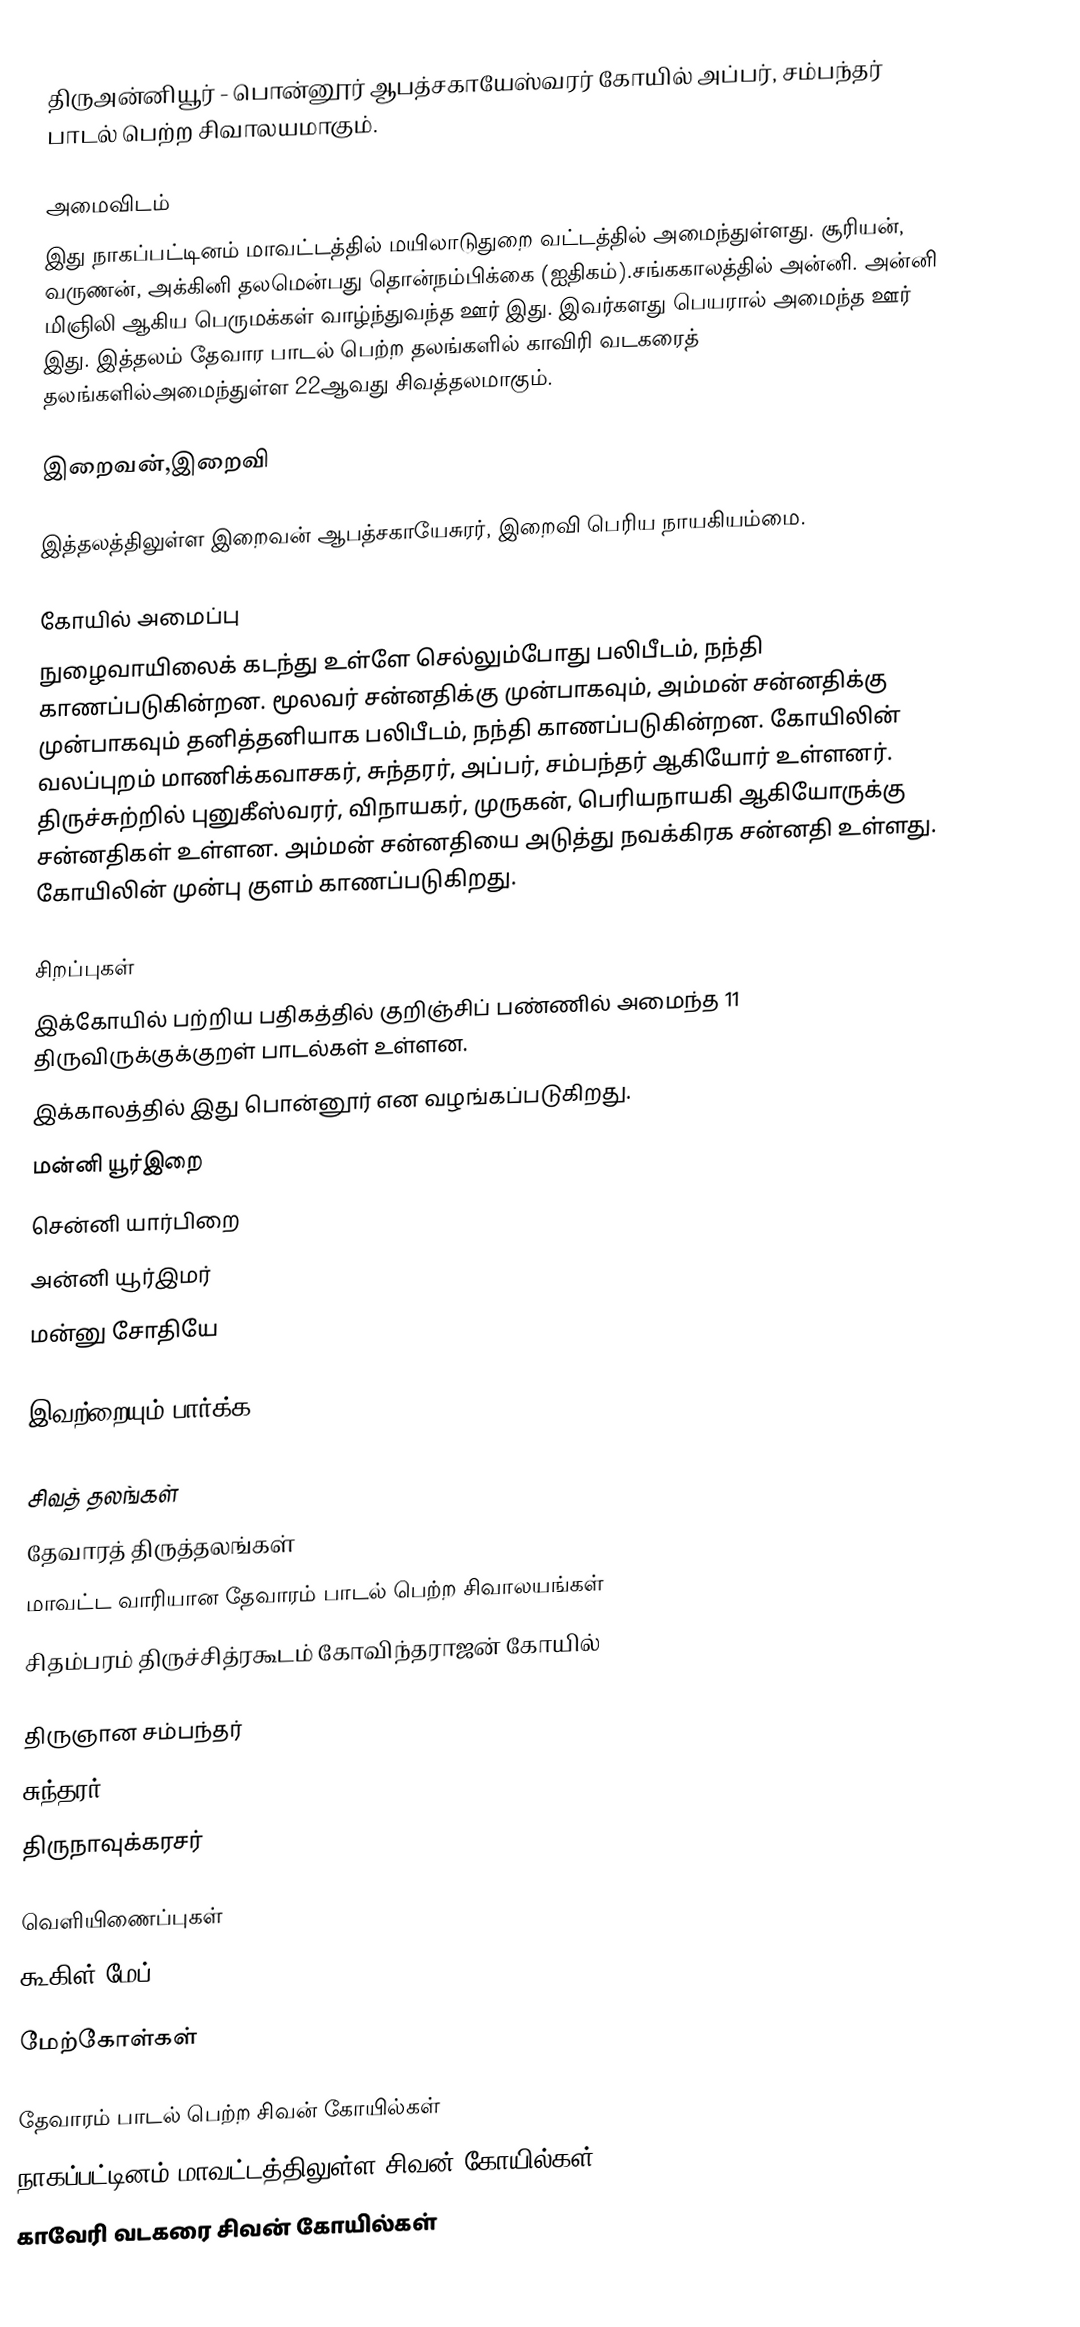
திருஅன்னியூர் - பொன்னூர் ஆபத்சகாயேஸ்வரர் கோயில் அப்பர், சம்பந்தர் பாடல் பெற்ற சிவாலயமாகும்.

அமைவிடம்
இது நாகப்பட்டினம் மாவட்டத்தில் மயிலாடுதுறை வட்டத்தில் அமைந்துள்ளது.  சூரியன், வருணன், அக்கினி தலமென்பது தொன்நம்பிக்கை (ஐதிகம்).சங்ககாலத்தில் அன்னி. அன்னி மிஞிலி ஆகிய பெருமக்கள் வாழ்ந்துவந்த ஊர் இது.  இவர்களது பெயரால் அமைந்த ஊர் இது. இத்தலம் தேவார பாடல் பெற்ற தலங்களில் காவிரி வடகரைத் தலங்களில்அமைந்துள்ள 22ஆவது  சிவத்தலமாகும்.

இறைவன்,இறைவி

இத்தலத்திலுள்ள இறைவன் ஆபத்சகாயேசுரர், இறைவி பெரிய நாயகியம்மை.

கோயில் அமைப்பு
நுழைவாயிலைக் கடந்து உள்ளே செல்லும்போது பலிபீடம், நந்தி காணப்படுகின்றன. மூலவர் சன்னதிக்கு முன்பாகவும், அம்மன் சன்னதிக்கு முன்பாகவும் தனித்தனியாக பலிபீடம், நந்தி காணப்படுகின்றன. கோயிலின் வலப்புறம் மாணிக்கவாசகர், சுந்தரர், அப்பர், சம்பந்தர் ஆகியோர் உள்ளனர். திருச்சுற்றில் புனுகீஸ்வரர், விநாயகர், முருகன், பெரியநாயகி ஆகியோருக்கு சன்னதிகள் உள்ளன. அம்மன் சன்னதியை அடுத்து நவக்கிரக சன்னதி உள்ளது. கோயிலின் முன்பு குளம் காணப்படுகிறது.

சிறப்புகள்
இக்கோயில் பற்றிய பதிகத்தில் குறிஞ்சிப் பண்ணில் அமைந்த 11 திருவிருக்குக்குறள் பாடல்கள் உள்ளன.
இக்காலத்தில் இது பொன்னூர் என வழங்கப்படுகிறது.
மன்னி யூர்இறை
சென்னி யார்பிறை
அன்னி யூர்இமர்
மன்னு சோதியே

இவற்றையும் பார்க்க

 சிவத் தலங்கள்
 தேவாரத் திருத்தலங்கள்
 மாவட்ட வாரியான தேவாரம் பாடல் பெற்ற சிவாலயங்கள்
 சிதம்பரம் திருச்சித்ரகூடம் கோவிந்தராஜன் கோயில்

 திருஞான சம்பந்தர்
 சுந்தரர்
 திருநாவுக்கரசர்

வெளியிணைப்புகள்
 கூகிள் மேப்

மேற்கோள்கள்

தேவாரம் பாடல் பெற்ற சிவன் கோயில்கள்
நாகப்பட்டினம் மாவட்டத்திலுள்ள சிவன் கோயில்கள்
காவேரி வடகரை சிவன் கோயில்கள்